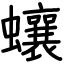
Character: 蠰